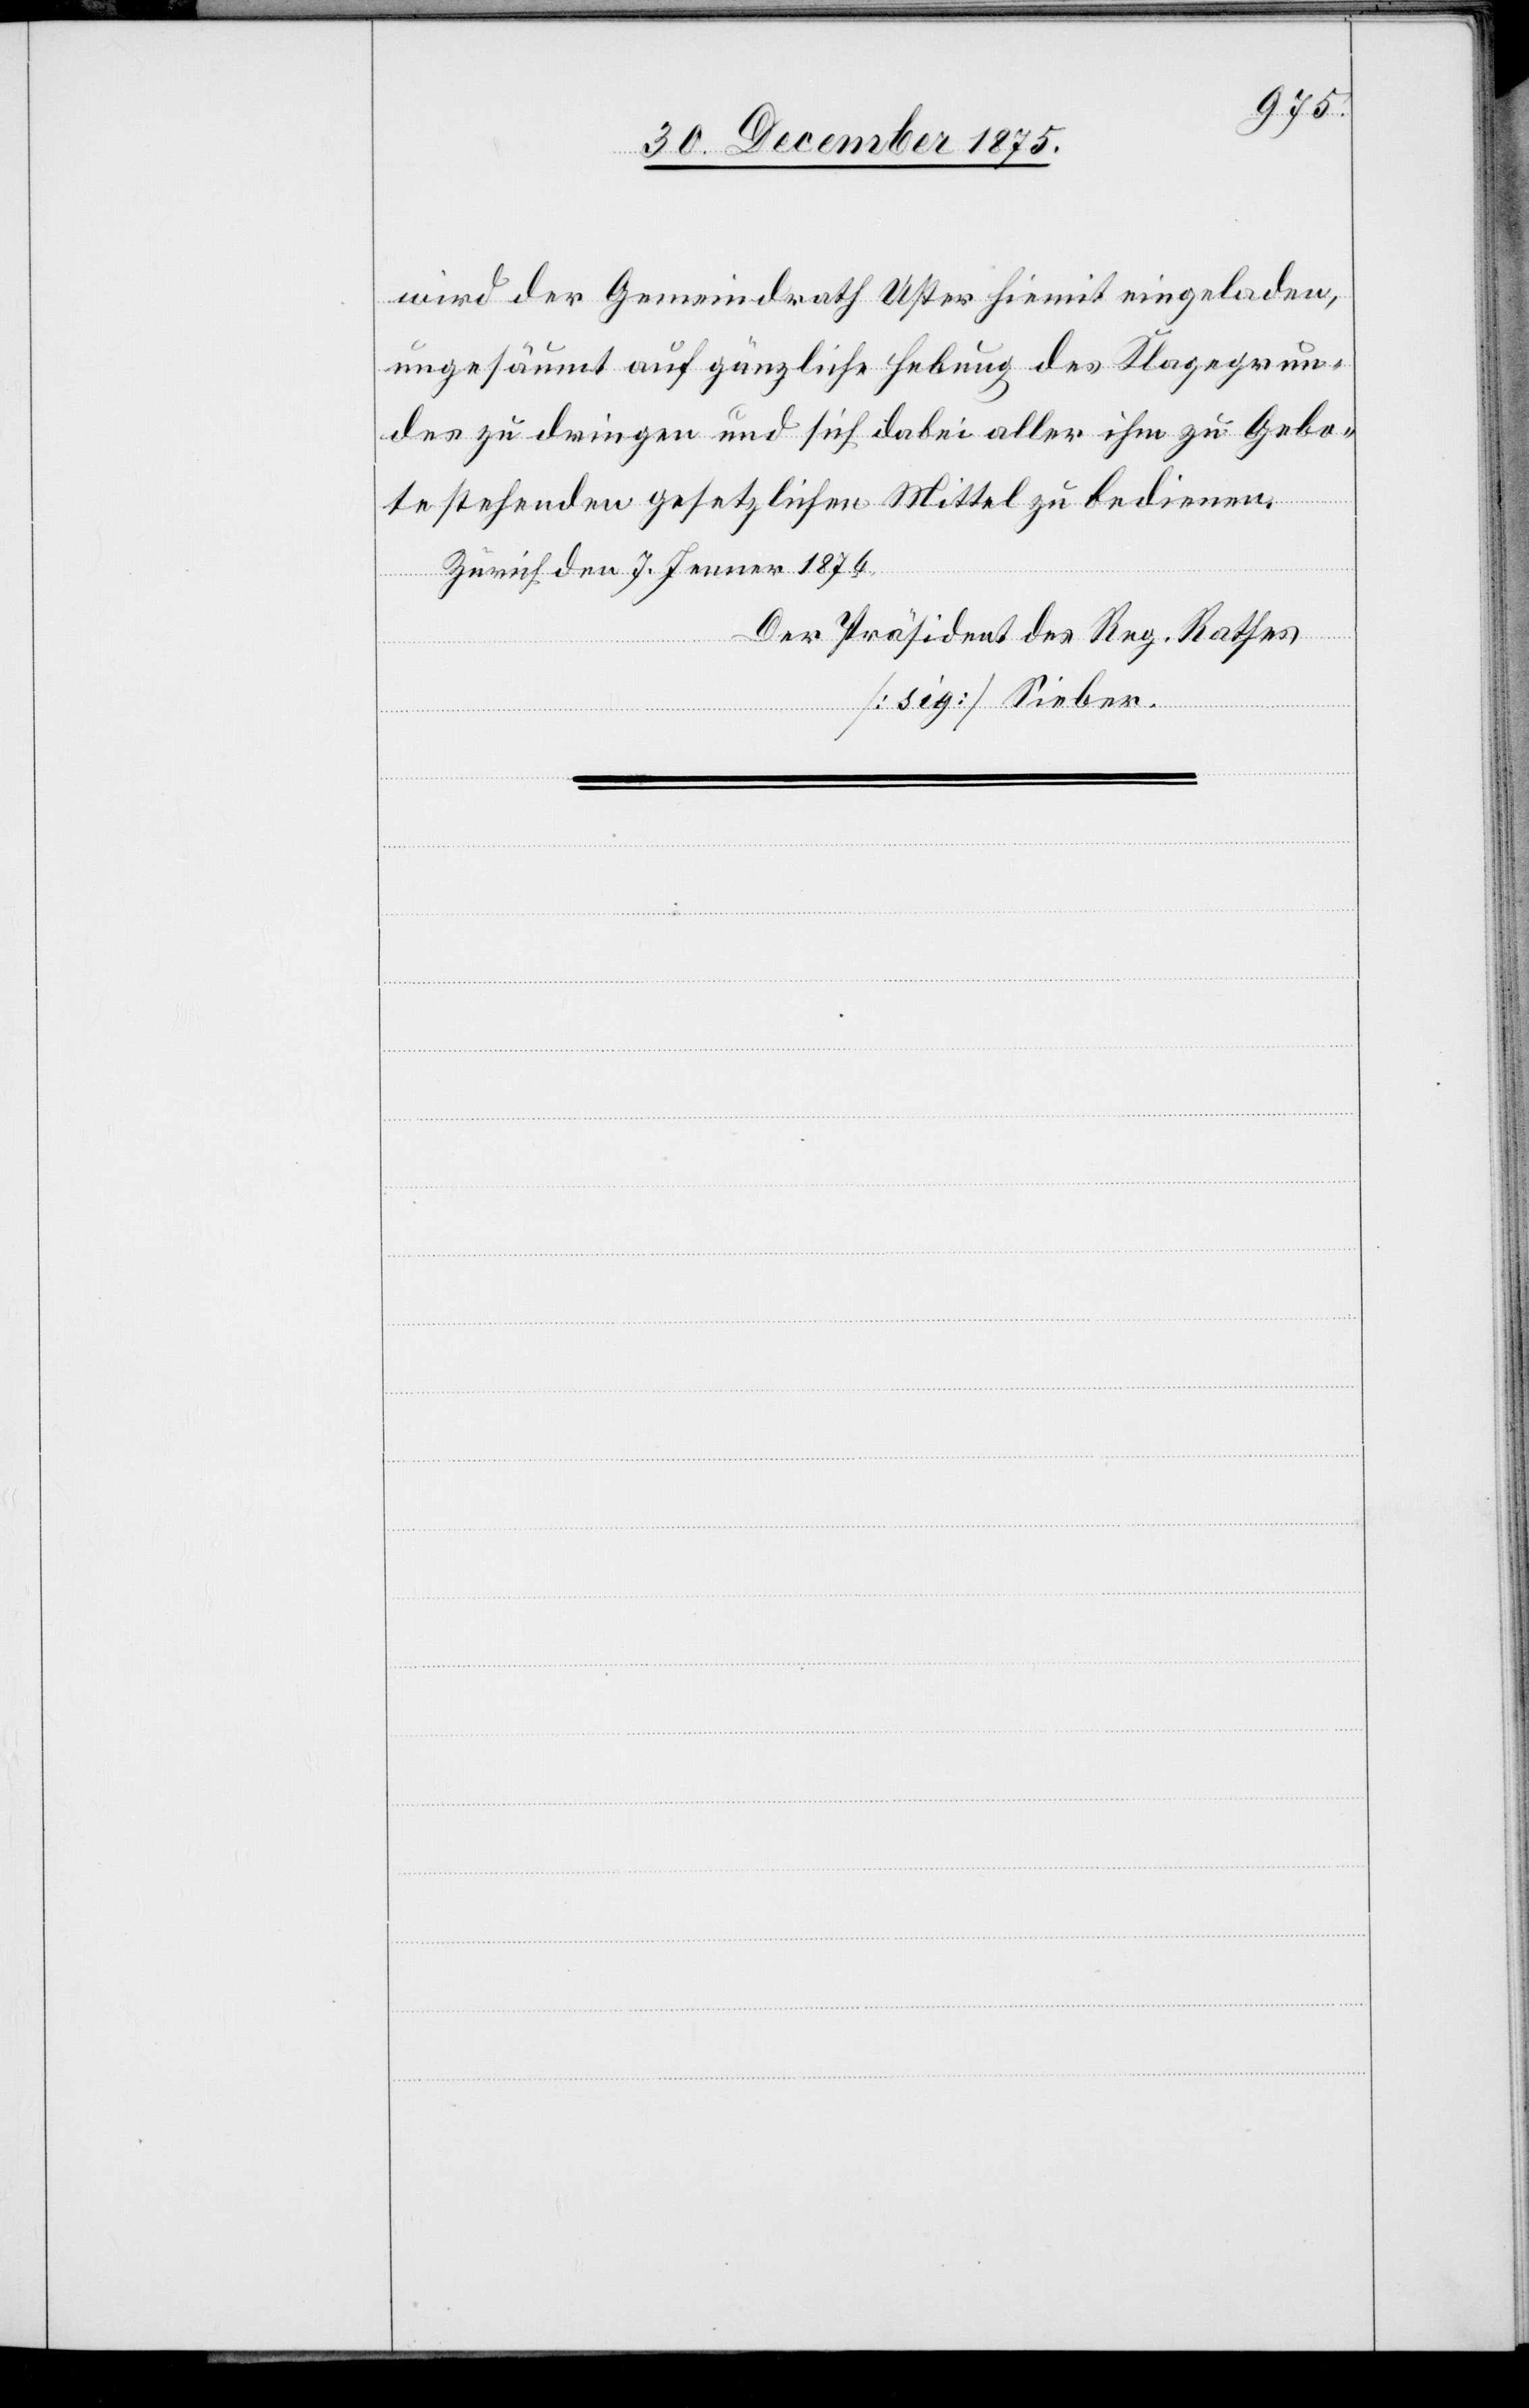
wird der Gemeindrath Uster hiemit eingeladen,
ungesäumt auf gänzliche Hebung des Klagegrun¬
des zu dringen und sich dabei aller ihm zu Gebo¬
te stehenden gesetzlichen Mittel zu bedienen.
Zürich den 7. Jenner 1876.
Der Präsident des Reg. Rathes
[sig.] Sieber.